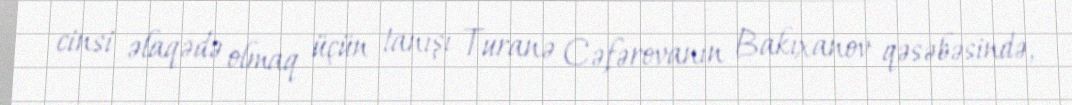
cinsi əlaqədə olmaq üçün tanışı Turanə Cəfərovanın Bakıxanov qəsəbəsində,